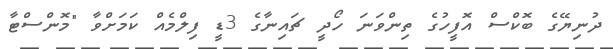
ދުނިޔޭގެ ބޮކްސް އޮފީހުގެ ތިންވަނަ ހޯދީ ޗައިނާގެ 3ޑީ ފިލްމެއް ކަމަށްވާ "މޮންސްޓާ